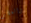
والمطر